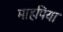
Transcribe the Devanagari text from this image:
माहपिया